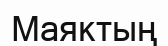
Маяктың